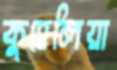
কুহেলিয়া